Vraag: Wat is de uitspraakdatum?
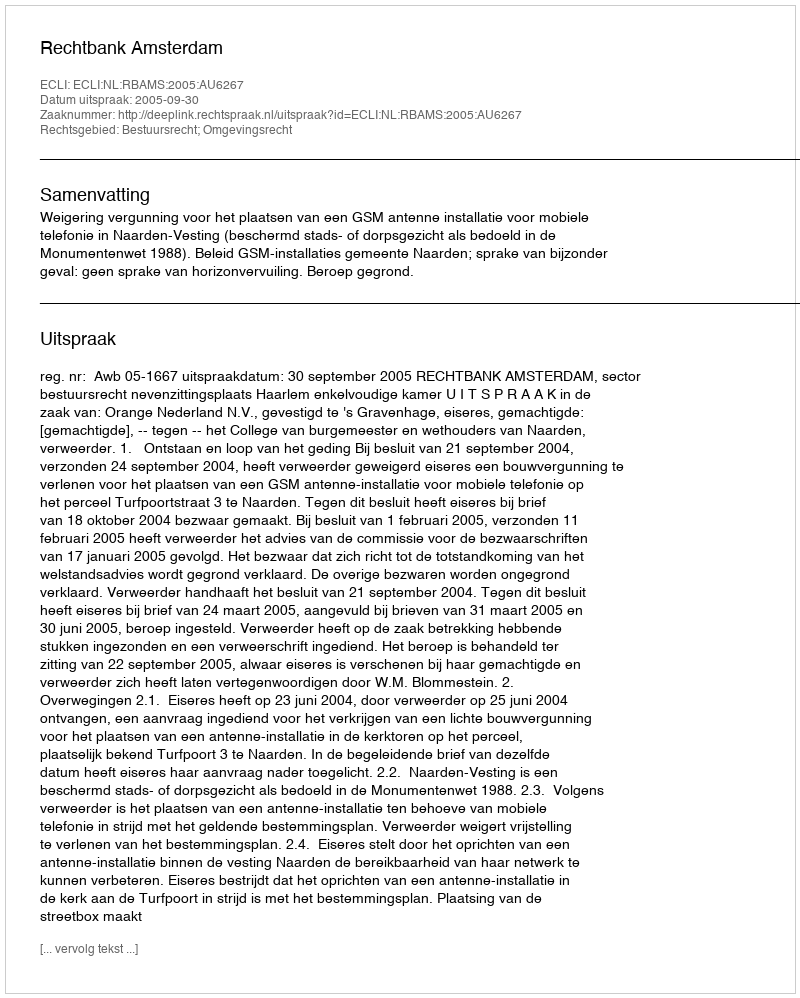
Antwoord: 2005-09-30